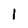
Character: 1